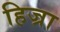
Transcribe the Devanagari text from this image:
हिज्रा